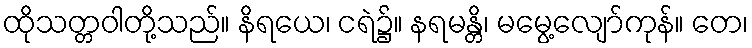
ထိုသတ္တဝါတို့သည်။ နိရယေ၊ ငရဲ၌။ နရမန္တိ၊ မမွေ့လျော်ကုန်။ တေ၊